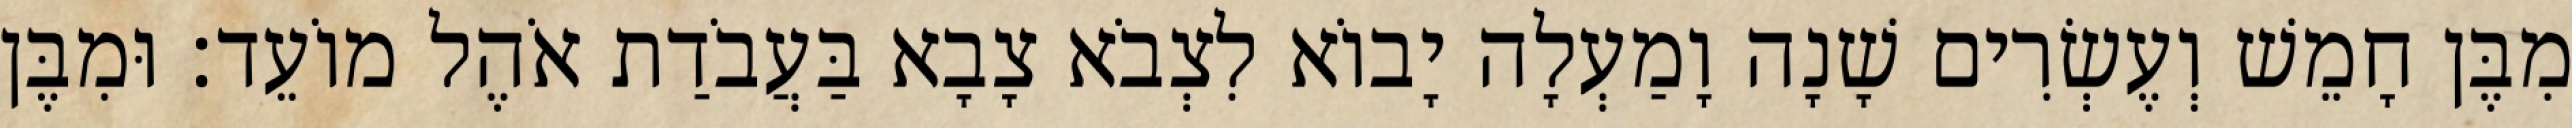
מִבֶּן חָמֵשׁ וְעֶשְׂרִים שָׁנָה וָמַעְלָה יָבוֹא לִצְבֹא צָבָא בַּעֲבֹדַת אֹהֶל מוֹעֵד׃ וּמִבֶּן